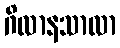
ဂိလာနသာလာ